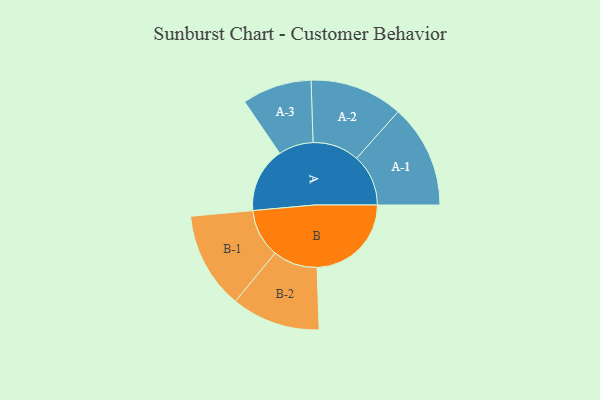
{"axis": {"x": "Segment", "y": "Value"}, "legend": ["", "A", "B"], "data": [{"x": "A", "y": 277, "type": ""}, {"x": "B", "y": 401, "type": ""}, {"x": "A-1", "y": 220, "type": "A"}, {"x": "A-2", "y": 198, "type": "A"}, {"x": "A-3", "y": 148, "type": "A"}, {"x": "B-1", "y": 206, "type": "B"}, {"x": "B-2", "y": 189, "type": "B"}]}